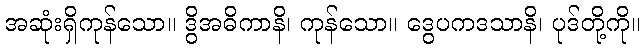
အဆုံးရှိကုန်သော။ ဒွိအဓိကာနိ၊ ကုန်သော။ ဒွေပကဒသာနိ၊ ပုဒ်တို့ကို။